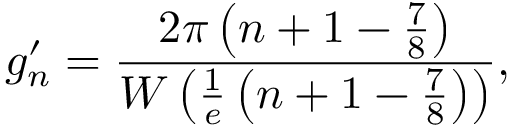
g _ { n } ^ { \prime } = { \frac { 2 \pi \left( n + 1 - { \frac { 7 } { 8 } } \right) } { W \left( { \frac { 1 } { e } } \left( n + 1 - { \frac { 7 } { 8 } } \right) \right) } } ,